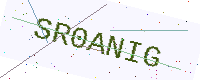
Text: SR0ANIG